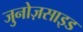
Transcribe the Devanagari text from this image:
जुनोज़साइड